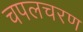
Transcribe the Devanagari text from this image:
चपलचरण